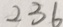
2 3 6